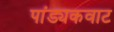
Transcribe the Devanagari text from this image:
पांड्यकवाट